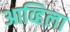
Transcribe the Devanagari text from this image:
आव्हिला